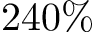
2 4 0 \%